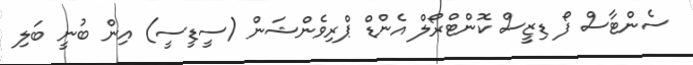
ސެންޓާސް ފޯ ޑިޒީސް ކޮންޓްރޯލް އެންޑް ޕްރިވެންޝަން (ސީޑީސީ) އިން ބުނީ ބަލި